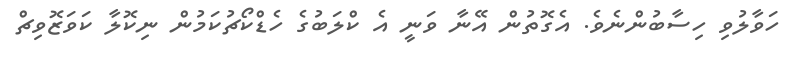
ހަވާލުވި ހިސާބުންނެވެ. އެގޮތުން އޭނާ ވަނީ އެ ކްލަބުގެ ހެޑްކޯޗުކަމުން ނިކޮލާ ކަވަޒޮވިޗް